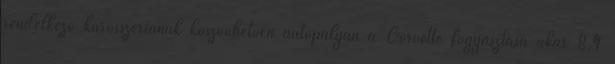
rendelkező karosszériának köszönhetően autópályán a Corvette fogyasztása akár 8,4